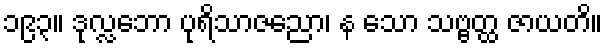
၁၉၃။ ဒုလ္လဘော ပုရိသာဇညော၊ န သော သဗ္ဗတ္ထ ဇာယတိ။